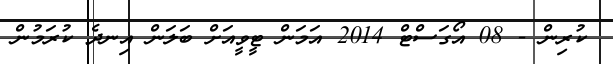
ކުރިން - 08 އޯގަސްޓް 2014 އަމަން ޓީވީއަށް ބަލަން އިނދެ ކުރަމުން